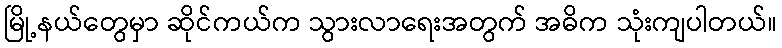
မြို့နယ်တွေမှာ ဆိုင်ကယ်က သွားလာရေးအတွက် အဓိက သုံးကျပါတယ်။